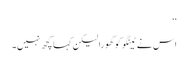
‘‘
اس نے ٹینگو کو گھورا لیکن کہا کچھ نہیں۔